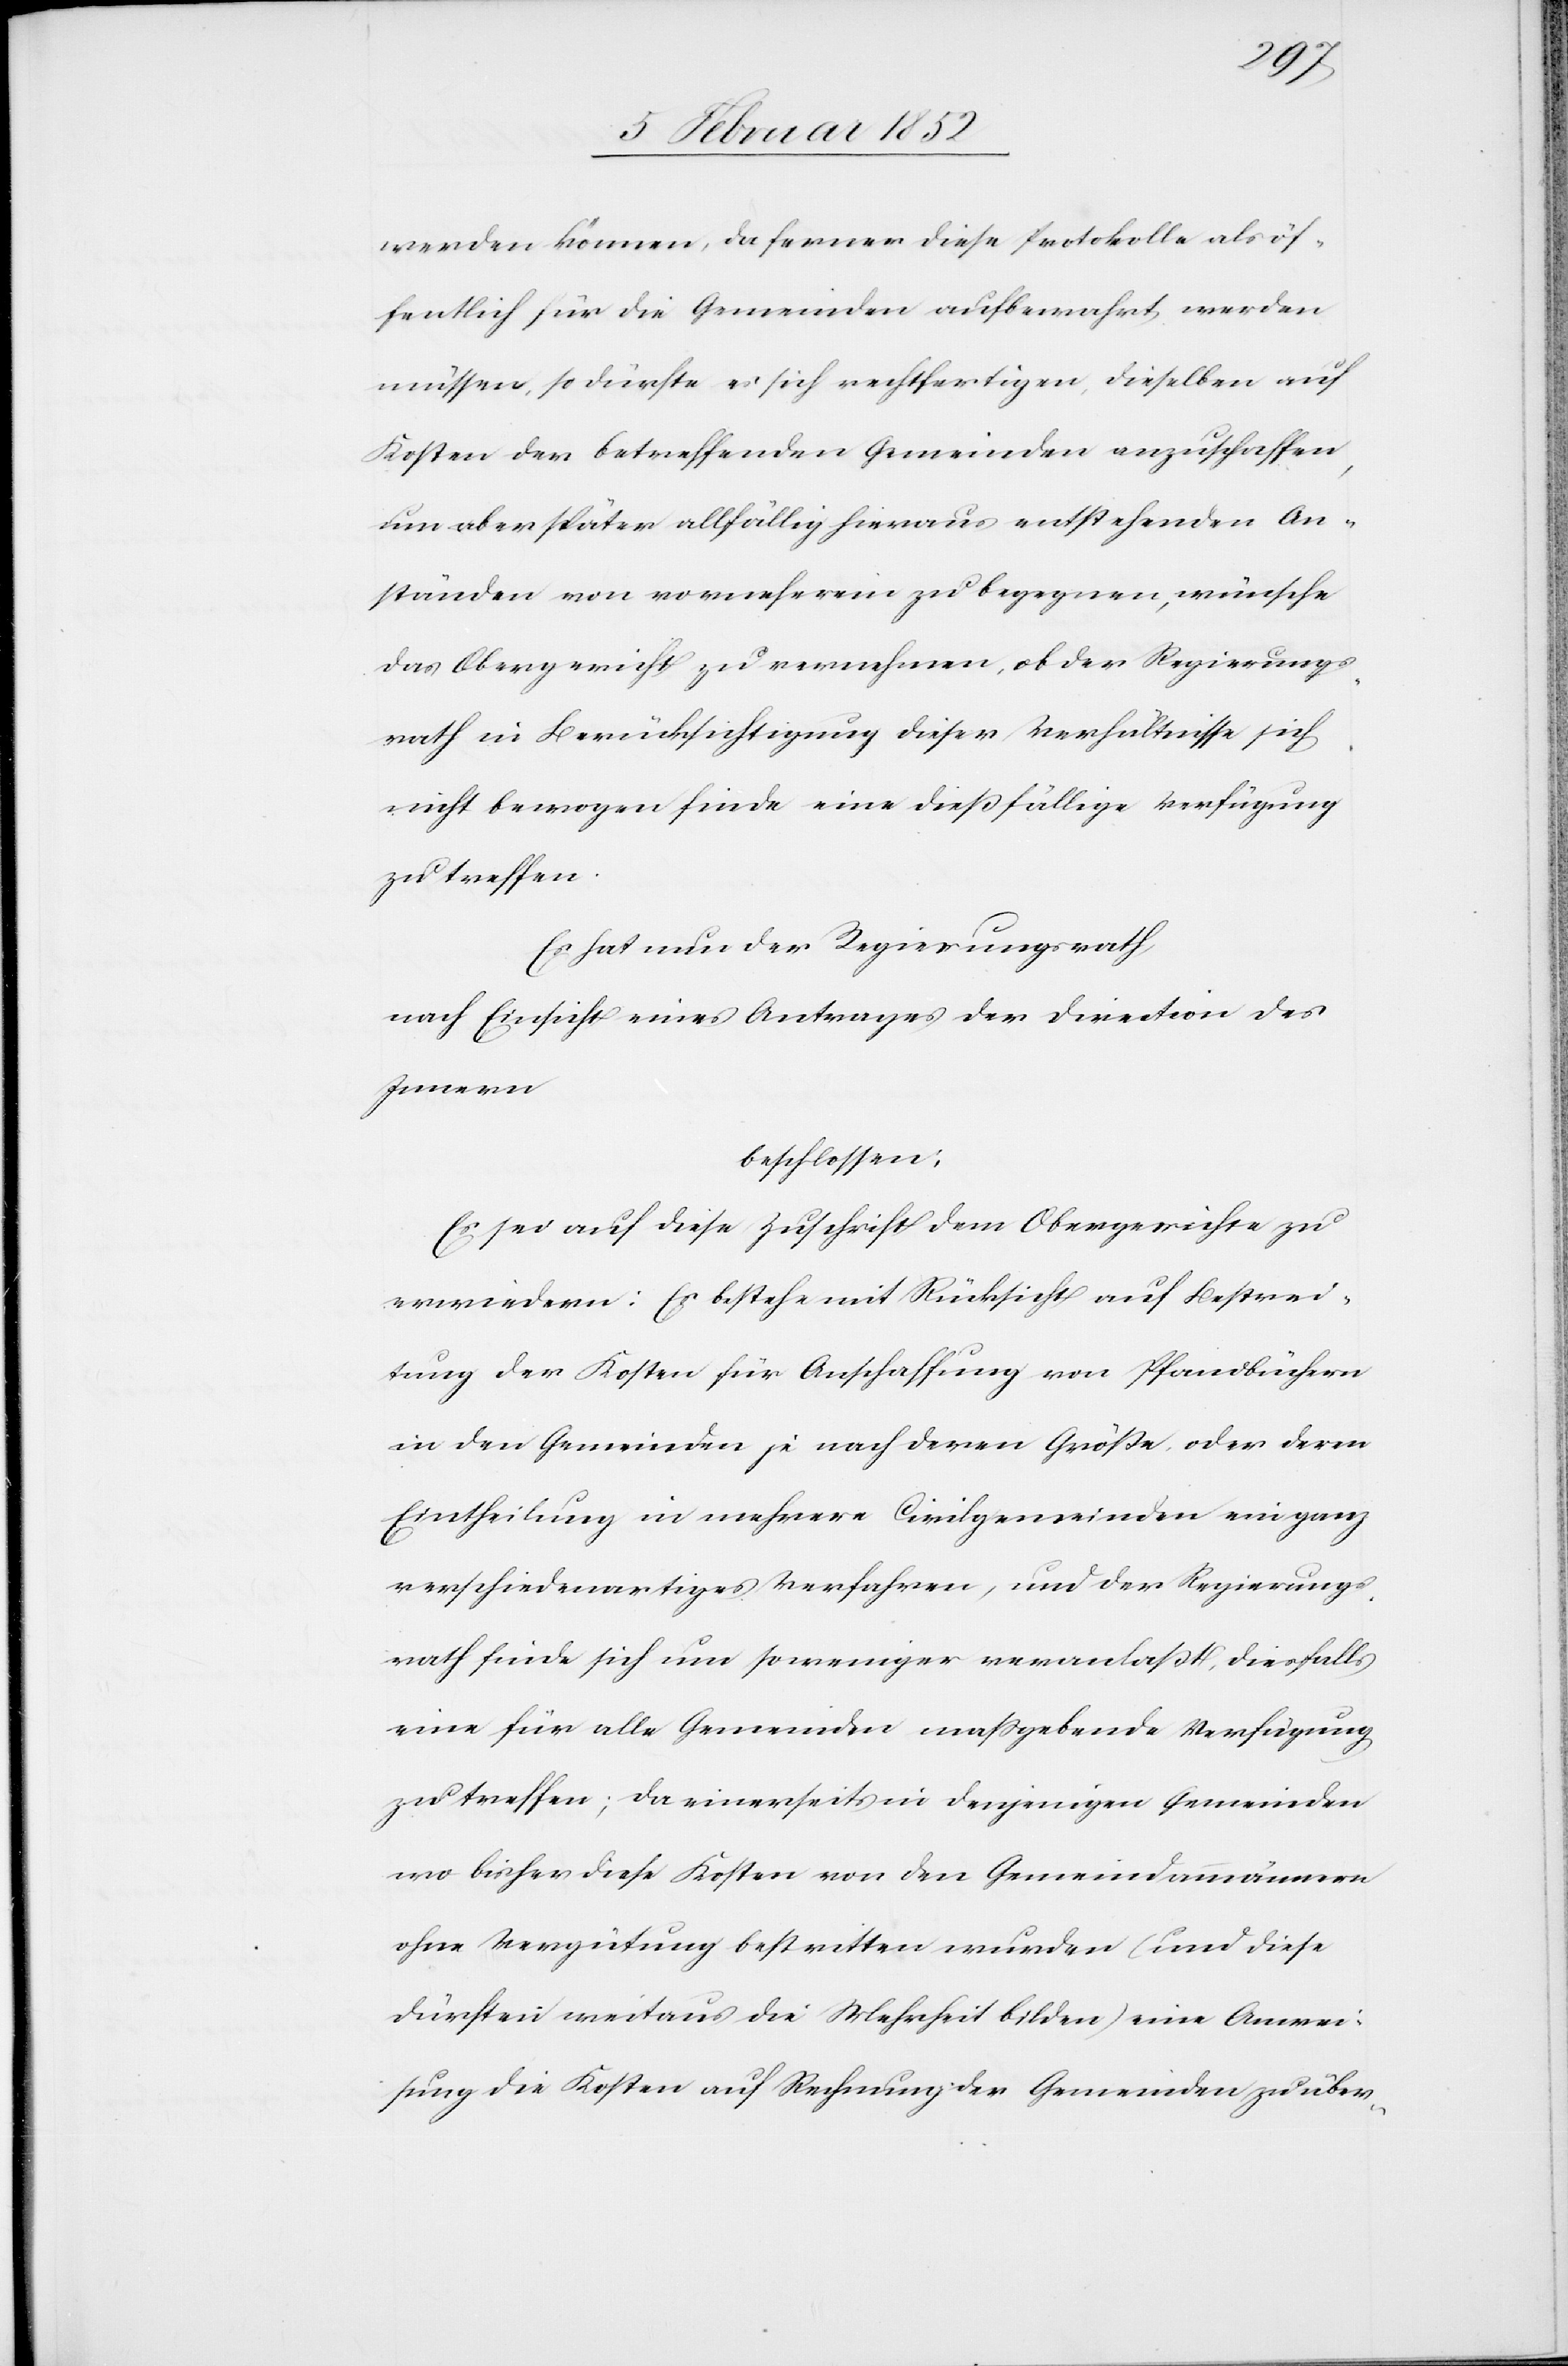
werden können, da ferner diese Protokolle als öf¬
fentlich für die Gemeinden aufbewahrt werden
müssen, so dürfte es sich rechtfertigen, dieselben auf
Kosten der betreffenden Gemeinden anzuschaffen,
um aber später allfällig hinaus entstehenden An¬
ständen vom vorneherein zu begegnen, wünsche
das Obergericht zu vernehmen, ob der Regierungs¬
rath in Berücksichtigung dieser Verhältnisse sich
nicht bewogen finde, eine dießfällige Verfügung
zu treffen.
Es hat der Regierungsrath
nach Einsicht eines Antrages der Direction des
Innern
beschlossen:
Es sei auf diese Zuschrift dem Obergerichte zu
erwiedern: Er bestehe mit Rücksicht auf Bestrei¬
tung der kosten für Anschaffung von Pfandbüchern
in den Gemeinden je nach deren Größe oder deren
Eintheilung in mehrere Civilgemeinden ein ganz
verschiedenartiges Verfahren, und der Regierungs¬
rath finde sich um so weniger veranlaßt, diesfalls
eine für alle Gemeinde maßgebende Verfügung
zu treffen; da einerseits in denjenigen Gemeinden
wo bisher diese Kosten von den Gemeindammännern
ohne Vergütung bestritten wurden (und diese
dürften weitaus die Mehrheit bilden) eine Anwei¬
sung die Kosten auf Rechnung der Gemeinden zu über-